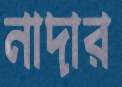
নাদার